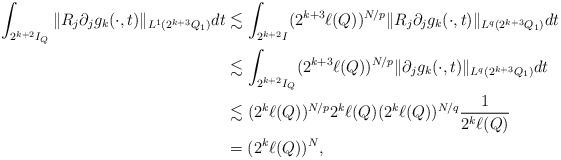
LaTeX: \begin{align*}\int_{2^{k+2}I_Q}\|R_j\partial_jg_k(\cdot,t)\|_{L^1(2^{k+3}Q_1)}dt&\lesssim\int_{2^{k+2}I}(2^{k+3}\ell(Q))^{N/p}\|R_j\partial_jg_k(\cdot,t)\|_{L^q(2^{k+3}Q_1)}dt\\&\lesssim\int_{2^{k+2}I_Q}(2^{k+3}\ell(Q))^{N/p}\|\partial_jg_k(\cdot,t)\|_{L^q(2^{k+3}Q_1)}dt\\&\lesssim (2^k\ell(Q))^{N/p}2^k\ell(Q)(2^k\ell(Q))^{N/q}\frac1{2^k\ell(Q)}\\&=(2^k\ell(Q))^N,\end{align*}